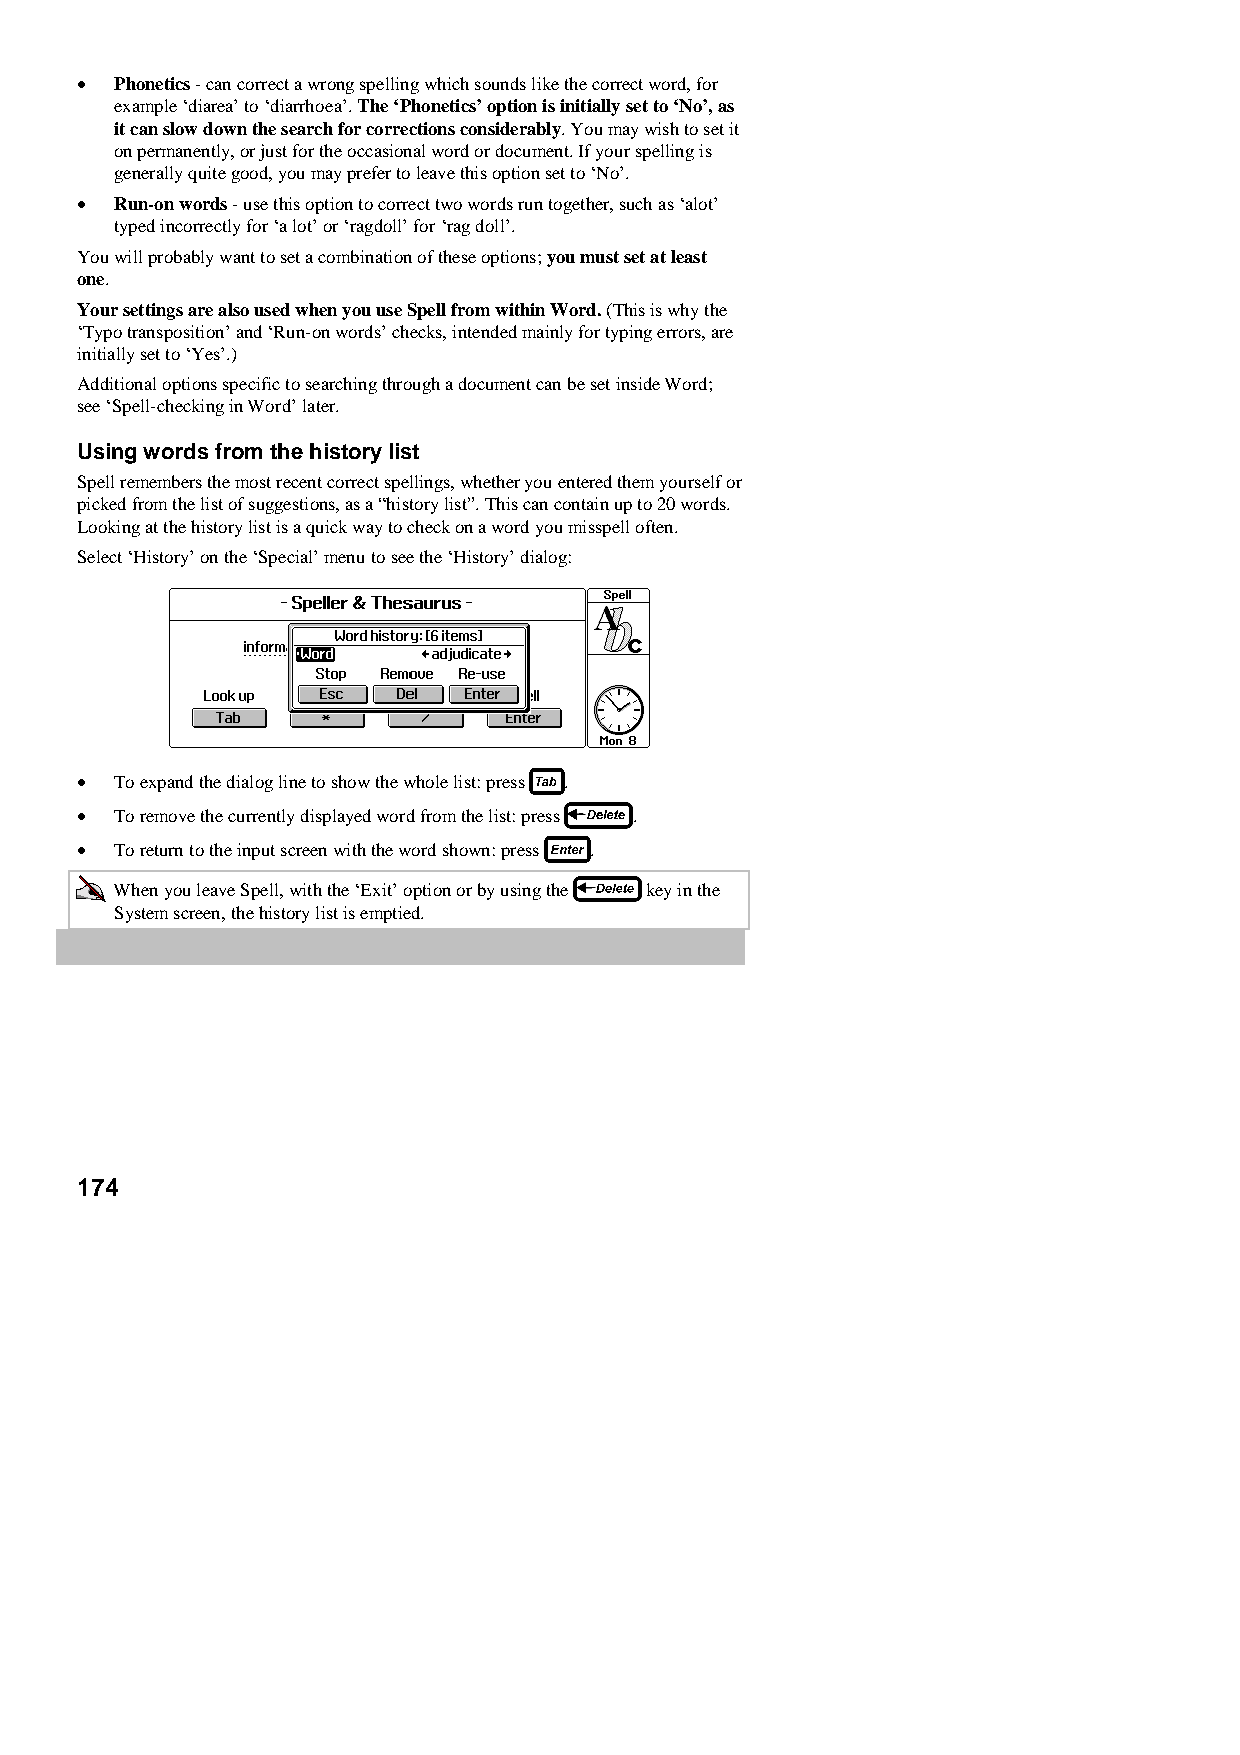
•  Phonetics - can correct a wrong spelling which sounds like the correct word, for
 example ‘diarea’ to ‘diarrhoea’. The ‘Phonetics’ option is initially set to ‘No’, as
 it can slow down the search for corrections considerably. You may wish to set it
 on permanently, or just for the occasional word or document. If your spelling is
 generally quite good, you may prefer to leave this option set to ‘No’.
 •  Run-on words - use this option to correct two words run together, such as ‘alot’
 typed incorrectly for ‘a lot’ or ‘ragdoll’ for ‘rag doll’.
 You will probably want to set a combination of these options; you must set at least
 one.
 Your settings are also used when you use Spell from within Word. (This is why the
 ‘Typo transposition’ and ‘Run-on words’ checks, intended mainly for typing errors, are
 initially set to ‘Yes’.)
 Additional options specific to searching through a document can be set inside Word;
 see ‘Spell-checking in Word’ later.
 Using words from the history list
 Spell remembers the most recent correct spellings, whether you entered them yourself or
 picked from the list of suggestions, as a “history list”. This can contain up to 20 words.
 Looking at the history list is a quick way to check on a word you misspell often.
 Select ‘History’ on the ‘Special’ menu to see the ‘History’ dialog:
 •  To expand the dialog line to show the whole list: press .
 •  To remove the currently displayed word from the list: press .
 •  To return to the input screen with the word shown: press .
 When you leave Spell, with the ‘Exit’ option or by using the key in the
 System screen, the history list is emptied.
 174